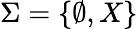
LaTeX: \Sigma=\{ \emptyset,X\}